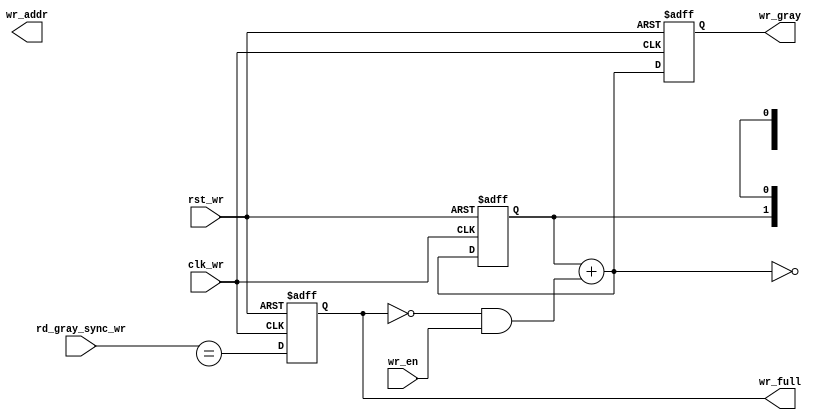
module wptr_full #(	parameter PTR_WITH  = 0 
				  )
(
		input clk_wr,
		input rst_wr,
		input wr_en ,

		output [PTR_WITH-1:0] wr_addr ,
		output [PTR_WITH:0] wr_gray,
		input  [PTR_WITH:0] rd_gray_sync_wr,
		output wr_full
);
reg [PTR_WITH:0] _wr_bin ;//生成二进制的写地?
reg [PTR_WITH:0] _wr_gray ;//生成格雷码的写地?

wire [PTR_WITH:0] _wr_bin_next ;//生成二进制的写地?
wire [PTR_WITH:0] _wr_gray_next ;//生成格雷码的写地?

wire __wr_full ;
reg _wr_full ;

assign wr_addr = _wr_bin[PTR_WITH-1:0];
assign wr_gray = _wr_gray ;
assign wr_full = _wr_full;
//写地?永远指向下一个有效数据存储的地址
//****************************************
//生成二进制的写地?
//****************************************
always @(posedge clk_wr or posedge rst_wr) 
begin
	if (rst_wr) 
		_wr_bin <= {PTR_WITH{1'b0}} ; 
	else 
		_wr_bin <= _wr_bin_next ;
end
//****************************************
//生成格雷码的写地?
//****************************************
always @(posedge clk_wr or posedge rst_wr) 
begin
	if (rst_wr) 
		_wr_gray <= {PTR_WITH{1'b0}} ; 
	else 
		_wr_gray <= _wr_gray_next ;
end
assign _wr_bin_next   = _wr_bin + (~wr_full & wr_en) ;
assign _wr_gray_next  = (_wr_bin_next>>1) ^ _wr_bin_next ;
//****************************************
//直接使用读写地址的格雷码进行比较?
//当写地址格雷码和读地?格雷码的?高位不同时，说明写地?与读地址不在同一个轮询周?
//当写地址格雷码和读地?格雷码的次高位不同时，说明写地址和读地址在不同轮询周期的比较靠近的位?
//当写地址格雷码和读地?格雷码的其他位相同时，说明写地址与读地址在同?个位?
//****************************************
assign __wr_full = ( rd_gray_sync_wr == {~_wr_gray_next[PTR_WITH],~_wr_gray_next[PTR_WITH-1],_wr_gray_next[PTR_WITH-2:0]} ) ;

always @(posedge clk_wr or posedge rst_wr) 
begin
	if (rst_wr) 
		_wr_full <= 1'b0 ; 
	else 
		_wr_full <= __wr_full ;
end

endmodule